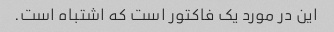
این در مورد یک فاکتور است که اشتباه است.